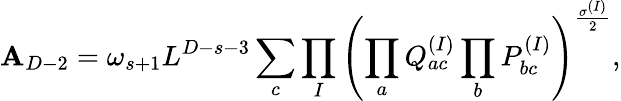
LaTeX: {\cal\mathbf{A}}_{D-2}=\omega_{s+1}L^{D-s-3}\sum_{c}\prod_{I}\left(\prod_{a}Q_{ac}^{(I)}\prod_{b}P_{bc}^{(I)}\right)^{\frac{{\sigma^{(I)}}}{{2}}},